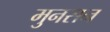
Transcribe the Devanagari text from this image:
मुनसन